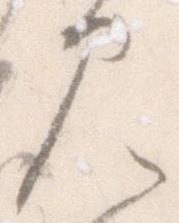
見